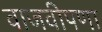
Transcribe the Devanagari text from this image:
वाजवीपणा